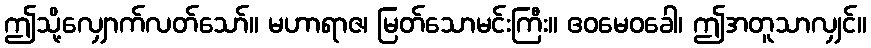
ဤသို့လျှောက်လတ်သော်။ မဟာရာဇ၊ မြတ်သောမင်းကြီး။ ဧဝမေဝခေါ၊ ဤအတူသာလျှင်။